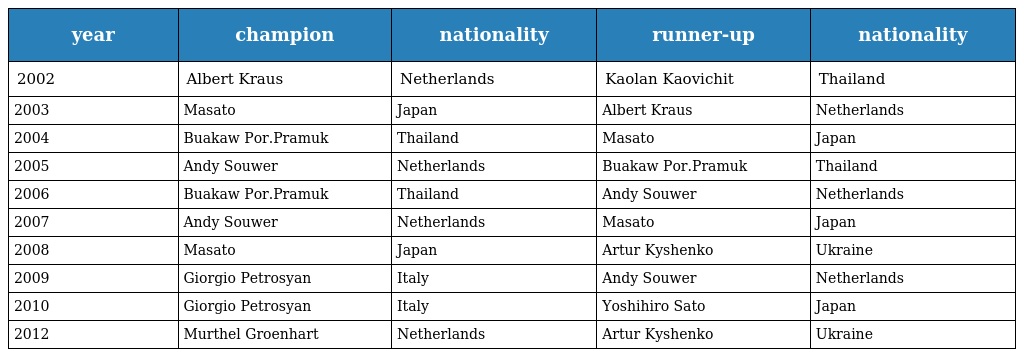
| year | champion | nationality | runner-up | nationality |
 | --- | --- | --- | --- | --- |
 | 2002 | Albert Kraus | Netherlands | Kaolan Kaovichit | Thailand |
 | 2003 | Masato | Japan | Albert Kraus | Netherlands |
 | 2004 | Buakaw Por.Pramuk | Thailand | Masato | Japan |
 | 2005 | Andy Souwer | Netherlands | Buakaw Por.Pramuk | Thailand |
 | 2006 | Buakaw Por.Pramuk | Thailand | Andy Souwer | Netherlands |
 | 2007 | Andy Souwer | Netherlands | Masato | Japan |
 | 2008 | Masato | Japan | Artur Kyshenko | Ukraine |
 | 2009 | Giorgio Petrosyan | Italy | Andy Souwer | Netherlands |
 | 2010 | Giorgio Petrosyan | Italy | Yoshihiro Sato | Japan |
 | 2012 | Murthel Groenhart | Netherlands | Artur Kyshenko | Ukraine |